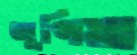
জুপিয়া